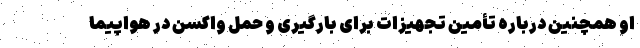
او همچنین درباره تأمین تجهیزات برای بارگیری و حمل واکسن در هواپیما